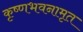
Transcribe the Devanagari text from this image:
कृष्णभवनामृत